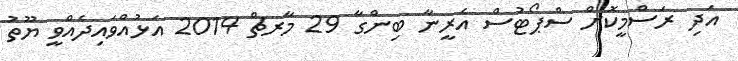
އަދި ރަސްމީކޮށް ސްޕޯޓުސް އެރީނާ ބިންގާ 29 މާރޗް 2014 އަޅުއްވައިދެއްވީ ޔޫތު